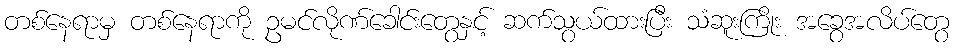
တစ်နေရာမှ တစ်နေရာကို ဥမင်လိုဏ်ခေါင်းတွေနှင့် ဆက်သွယ်ထားပြီး သံဆူးကြိုး အခွေအလိပ်တွေ